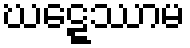
ဃဋ္ဋေဿာမ